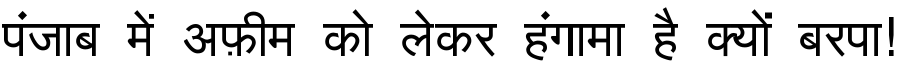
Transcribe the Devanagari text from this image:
पंजाब में अफ़ीम को लेकर हंगामा है क्यों बरपा!